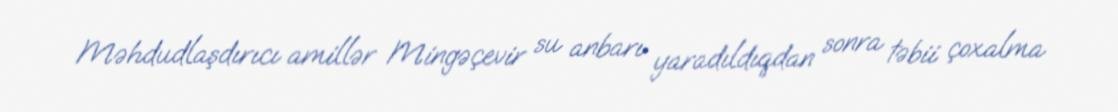
Məhdudlaşdırıcı amillər Mingəçevir su anbarı yaradıldıqdan sonra təbii çoxalma